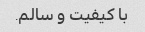
با کیفیت و سالم.